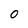
Character: 0